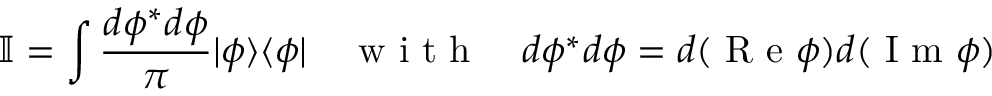
\mathbb { I } = \int \frac { d \phi ^ { * } d \phi } { \pi } | \phi \rangle \langle \phi | \quad \mathrm { ~ w ~ i ~ t ~ h ~ } \quad d \phi ^ { * } d \phi = d ( \mathrm { ~ R ~ e ~ } \phi ) d ( \mathrm { ~ I ~ m ~ } \phi )